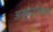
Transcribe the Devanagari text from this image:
असुग्राहीकरण